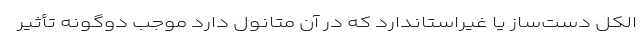
الکل دست‌ساز یا غیراستاندارد که در آن متانول دارد موجب دوگونه تأثیر